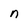
Character: n